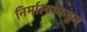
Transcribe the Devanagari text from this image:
निर्मात्यांकडून